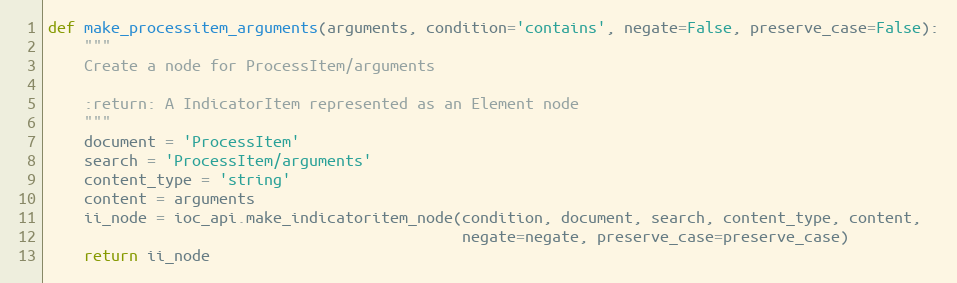
Language: Python
def make_processitem_arguments(arguments, condition='contains', negate=False, preserve_case=False):
    """
    Create a node for ProcessItem/arguments

    :return: A IndicatorItem represented as an Element node
    """
    document = 'ProcessItem'
    search = 'ProcessItem/arguments'
    content_type = 'string'
    content = arguments
    ii_node = ioc_api.make_indicatoritem_node(condition, document, search, content_type, content,
                                              negate=negate, preserve_case=preserve_case)
    return ii_node